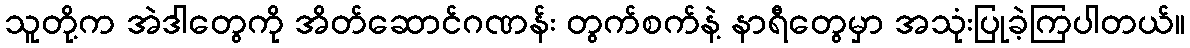
သူတို့က အဲဒါတွေကို အိတ်ဆောင်ဂဏန်း တွက်စက်နဲ့ နာရီတွေမှာ အသုံးပြုခဲ့ကြပါတယ်။